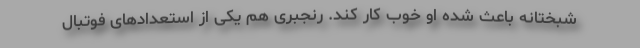
شبختانه باعث شده او خوب کار کند. رنجبری هم یکی از استعدادهای فوتبال